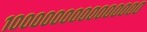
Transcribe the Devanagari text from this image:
१०००००००००००००००